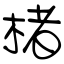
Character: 楮